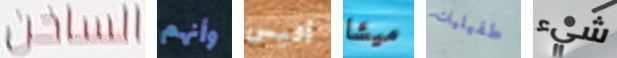
الساخن وأنهم أليس ميشا طفيليات شيء